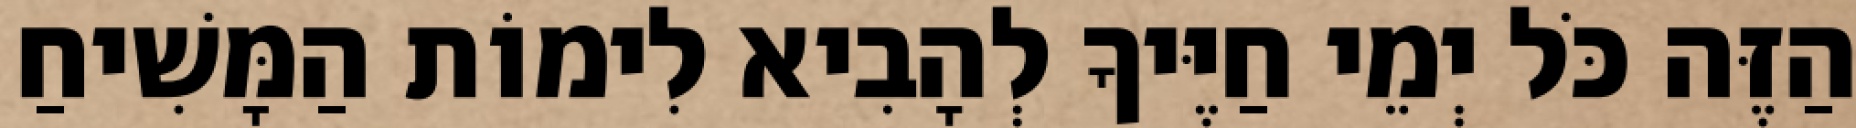
הַזֶּה כֹּל יְמֵי חַיֶּיךָ לְהָבִיא לִימוֹת הַמָּשִׁיחַ